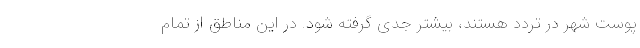
پوست شهر در تردد هستند، بیشتر جدی گرفته شود. در این مناطق از تمام